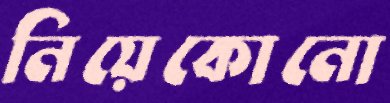
নিয়েকোনো